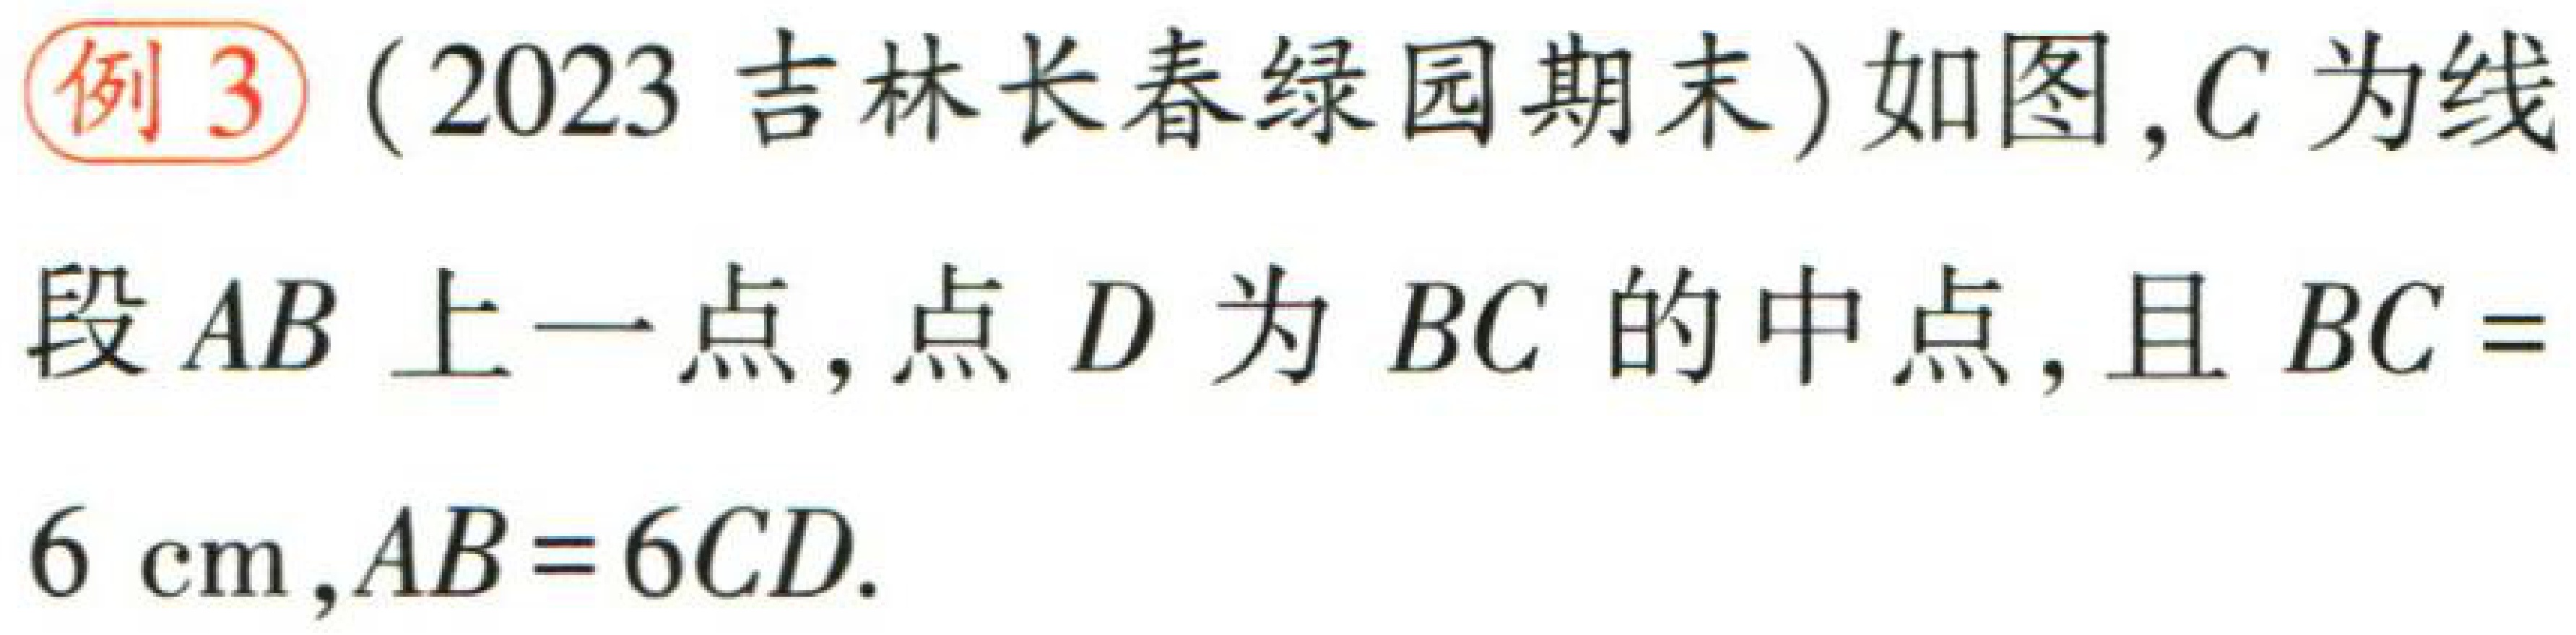
例3（2023 吉林长春绿园期末）如图，\(C\)为线段\(AB\)上一点，点\(D\)为\(BC\)的中点，且\(BC = 6\mathrm{cm}\)，\(AB = 6CD\).